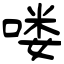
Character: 喽